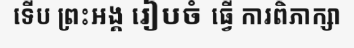
ទើប ព្រះអង្គ រៀបចំ ធ្វើ ការពិភាក្សា